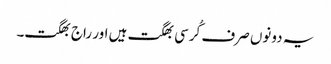
یہ دونوں صرف کُرسی بھگت ہیں اور راج بھگت۔